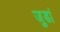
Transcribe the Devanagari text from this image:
जुडां